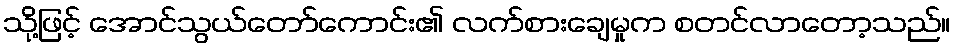
သို့ဖြင့် အောင်သွယ်တော်ကောင်း၏ လက်စားချေမှုက စတင်လာတော့သည်။